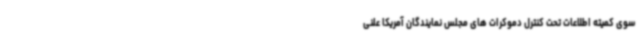
سوی کمیته اطلاعات تحت کنترل دموکرات های مجلس نمایندگان آمریکا علنی